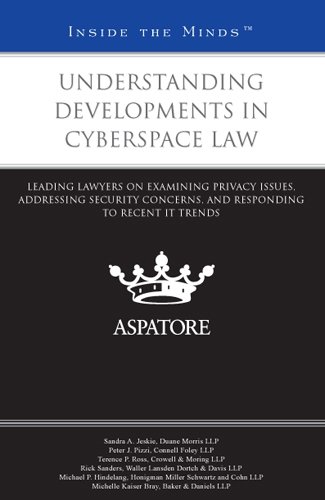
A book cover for Understanding Developments in Cyberspace Law: Leading Lawyers on Examining Privacy Issues, Addressing Security Concerns, and Responding to Recent IT Trends (Inside the Minds); Multiple Authors; Law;